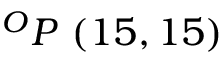
^ { O } P \ ( 1 5 , 1 5 )